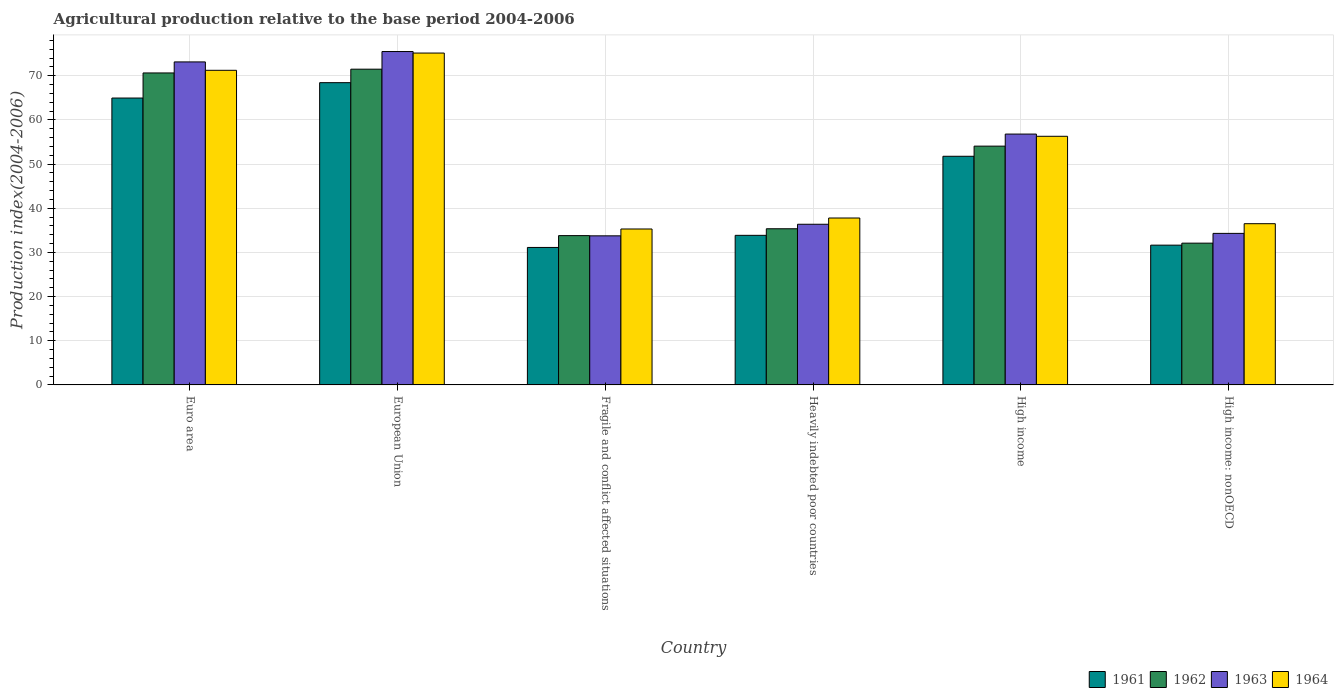
| Country | 1961 | 1962 | 1963 | 1964 |
 | --- | --- | --- | --- | --- |
 | Euro area | 65 | 70.6 | 73.1 | 71.2 |
 | European Union | 68.4 | 71.5 | 75.5 | 75.1 |
 | Fragile and conflict affected situations | 31.1 | 33.8 | 33.8 | 35.3 |
 | Heavily indebted poor countries | 33.9 | 35.4 | 36.4 | 37.8 |
 | High income | 51.8 | 54.1 | 56.8 | 56.3 |
 | High income: nonOECD | 31.6 | 32.1 | 34.3 | 36.5 |